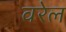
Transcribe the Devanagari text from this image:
वरेल